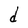
Character: d